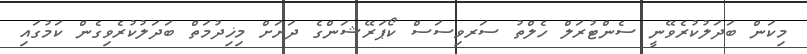
މިކަން ބަދަލުކުރެވޭނީ ސެންޓުރަލް ހެލްތު ސަރވިސަސް ކޯޕަރޭޝަންގެ ދަށަށް މިޚިދުމަތް ބަދަލުކުރެވިގެން ކަމުގައި